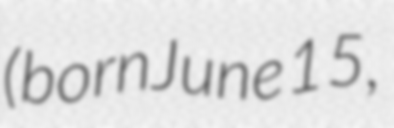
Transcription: (born June 15,